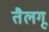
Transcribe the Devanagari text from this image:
तैलगू